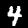
Label: 4